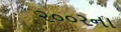
૨૦૦રના